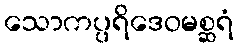
သောကပ္ပရိဒေဝမစ္ဆရံ